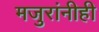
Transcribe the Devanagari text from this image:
मजुरांनीही